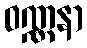
ဝဏ္ဏနာ